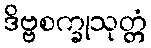
ဒိဗ္ဗစက္ခုသုတ္တံ